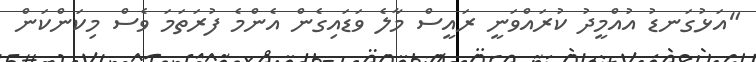
"އަޅުގަނޑު އުއްމީދު ކުރައްވަނީ ރައީސް މާލެ ވަޑައިގެން އެންމެ ފުރަތަމަ ވެސް މިކަންކަން